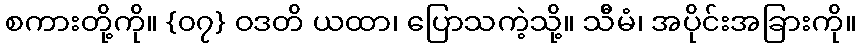
စကားတို့ကို။ {၀၇} ဝဒတိ ယထာ၊ ပြောသကဲ့သို့။ သီိမံ၊ အပိုင်းအခြားကို။